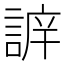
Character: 𧩔